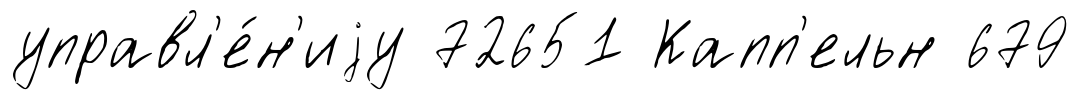
управл'е́н'иjу 72651 Капп'ельн 679